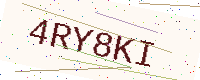
Text: 4RY8KI